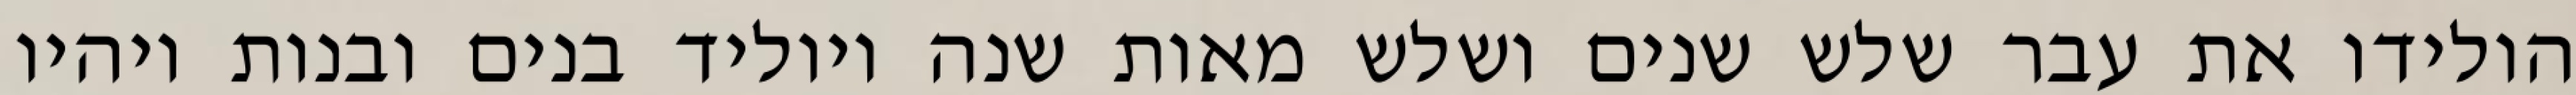
הולידו את עבר שלש שנים ושלש מאות שנה ויוליד בנים ובנות ויהיו